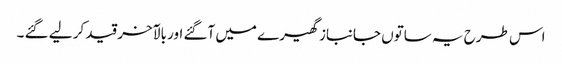
اس طرح یہ ساتوں جانباز گھیرے میں آگئے اور بالآخر قید کر لیے گئے ۔